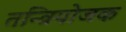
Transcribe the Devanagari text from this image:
तन्त्रियोजक